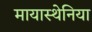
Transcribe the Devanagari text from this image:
मायास्थेनिया